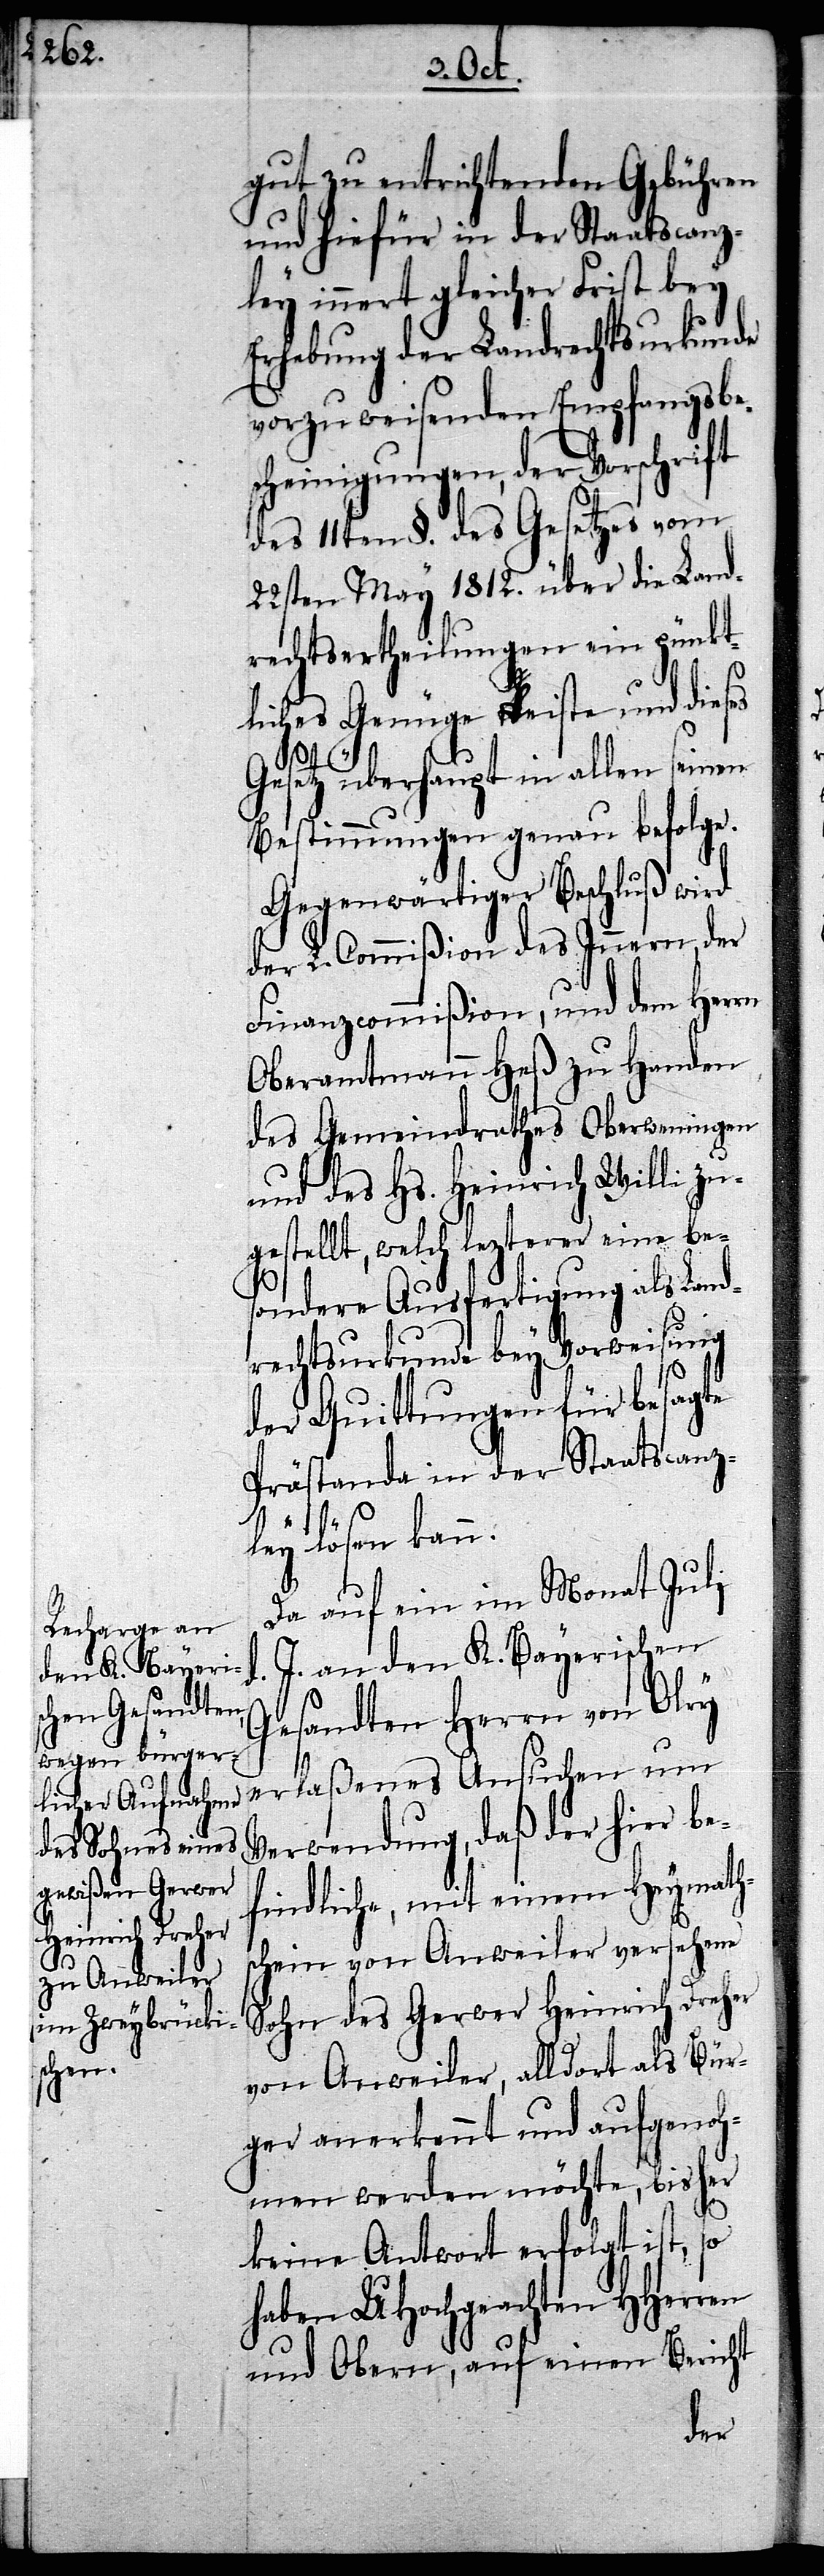
aatscanz¬
gut zu entrichtenden Gebühren
und hiefür in der Staatscanz¬
ley innert gleicher Frist bey
Erhebung der Landrechtsurkunde
vorzuweisenden Empfangsbes¬
cheinigungen, der Vorschrift
des 11ten §. des Gesetzes vom
22sten May 1812. über die Land¬
rechtsertheilungen ein pünkt¬
liches Genüge leiste und dies¬
Gesetz überhaupt in allen seinen
Bestimmungen genau befolge.
Gegenwärtiger Beschluß wird
der L. Commißion des Innern, der
Finanzcommißion, und dem Her¬
Oberamtmann Heß zu H¬
des Gemeindrathes Oberweningen
und des Hs. Heinrich Willi
gestellt, welch lezterer eine
sondere Ausfertigung
G¬
rechtsurkunde bey Vorw¬
der Quittungen für
Prästanda in der St¬
ley lösen kann.
Da auf ein im Monat July
J. an den K. Bayerischen
esandten Herrn von Olry
Verwendung, daß der hier be¬
findliche, mit einem Heymath¬
schein von Anweiler versehene
Sohn des Gerwer Heinrich Dreher
von Anweiler, alldort als Bür¬
ger anerkennt und aufgenoh¬
men werden möchte, bisher
keine Antwort erfolgt ist,
haben UHochgeachten HHerren
und Obern, auf einen Bericht